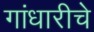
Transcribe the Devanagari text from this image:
गांधारीचे